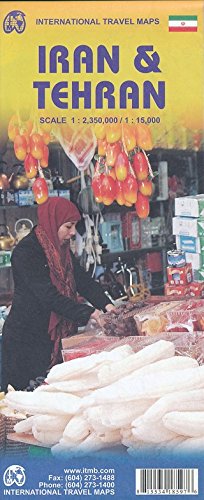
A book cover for Iran and Teheran 2015: ITM.1330; ITMB Publishing LTD; Travel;